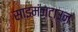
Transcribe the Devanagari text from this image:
साइमंज़टाउन